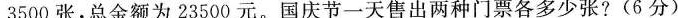
3500张，总金额为23500元。国庆节一天售出两种门票各多少张?(6分)